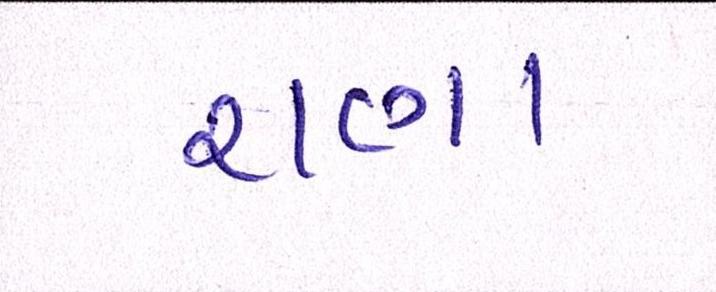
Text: રાણા